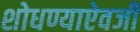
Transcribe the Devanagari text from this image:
शोधण्याऐवजी